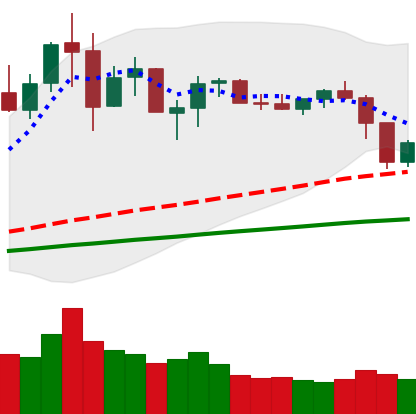
Ticker: NEO-USD
Chart end date: 2019-07-12
Forward return: -29.933%
Label: down_7plus